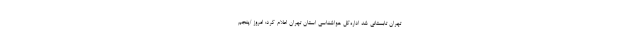
تهران تابستانی شد اداره‌کل هواشناسی استان تهران اعلام کرد: امروز /پنجم